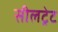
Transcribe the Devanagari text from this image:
सीलट्रेट